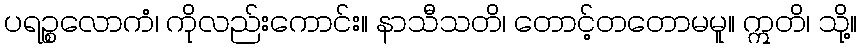
ပရဉ္စလောကံ၊ ကိုလည်းကောင်း။ နာသီသတိ၊ တောင့်တတောမမူ။ ဣတိ၊ သို့။